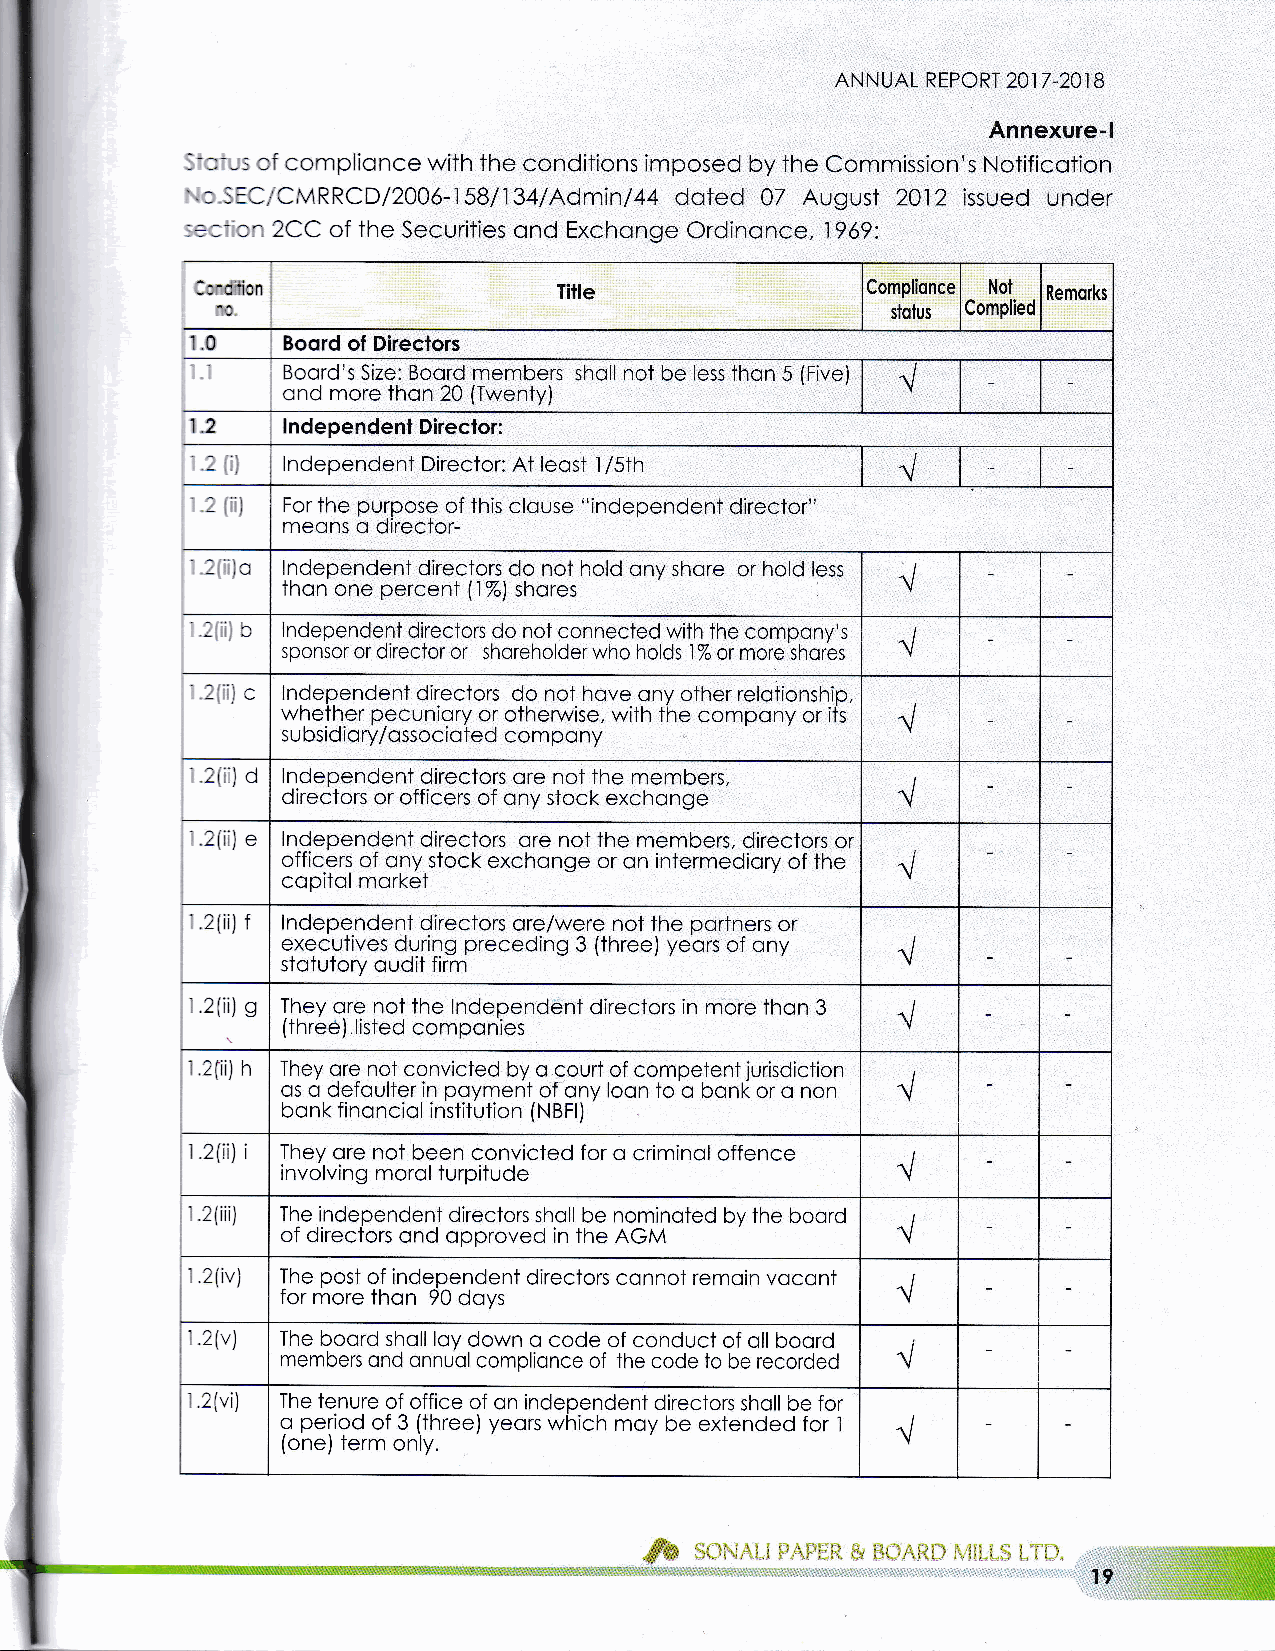
ANNUAL REPORT 2O1 7.201 B
 Annexure-l
 -:--s
 cf complionce with the conditions imposed by the Commission's Notificotion
 -
 '.:
 i:3,ICMRRCD/2006-1581134/Admin/A4 doted 07 August 2012 issued under
 -- r ^ 2CC of the Securities ond Exchonge Crdinonce, 1?69:
 - =
 3:'c i'io n             Title               Complionce Not Remorks
 stolus Complied
 10    Boord of Directors
 Boord's Size: Boord members sholl not be less thon 5 (Five) {
 ond more thon 20 (Twenty)
 12    lndependenl Direclor:
 lndependent Director: At leost l/5th
 -    For the purpose of this clouse "independent director"
 l
 meons o director-
 Independent directors do not hold ony shore or hold less {
 thon one percent (1%) shores
 -c   lndependent directors do not connected with the compony's
 sponsor or director or shoreholder who holds l% or more shores
 ^/
 -C   lndependent directors do not hove ony other relotionship,
 whether pecuniory or otherwise, with the compony or its
 subsidiory/ossocioted compony
 .2i;i) 6 lndependent directors ore not the members,
 directors or officers of ony stock exchonge
 2(ii) e lndependent directors ore not the members, directors or
 officers of ony stock exchonge or on intermediory of the {
 copitol morket
 2(il f lndependent directors ore/were not the portners or
 executives during preceding 3 (three) yeors of ony
 {
 stotutory oudit firm
 !
 1 2(ii) s They ore not the lndependent directors in more thon 3
 (three) listed componies
 r 2fii) h They ore not convicted by o court of competent jurisdiction
 os o defoulter in poyment of ony loon to o bonk or o non
 bonk finonciol institution (NBFI)
 r.2(i;) They ore not been convicted for o criminol offence
 i  involving morol turpitude               {
 2(iii) The independent directors sholl be nominoted by the bocrd
 of directors ond opproved in the AGM
 1.2(iv) The post of independent directors connot remoin vocont
 for more thon 90 doys
 ^/
 1.2(v) The boord sholl loy down o code of conduct of oll boord
 members ond onnuol complionce of the code to be recorded {
 1.2(vi) The tenure of office of on independent directors sholl be for
 o period of 3 (three) yeors which moy be extended for I
 (one) term only.
 ^/
 .{